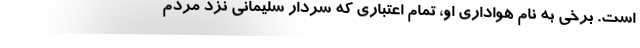
است. برخی به نام هواداری او، تمام اعتباری که سردار سلیمانی نزد مردم